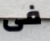
فى